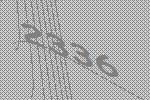
2336